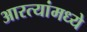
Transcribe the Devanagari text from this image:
आरत्यांमध्ये